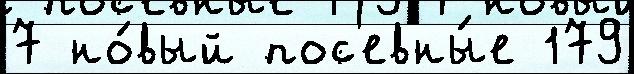
7 но́вый пос'евны́е 179